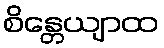
စိန္တေယျာထ